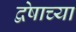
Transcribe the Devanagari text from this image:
द्वेषाच्या